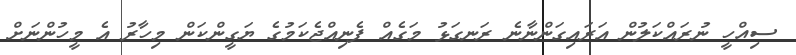
ސިއްހީ ނުރައްކަލުން އަރައިގަންނާނެ ރަނގަޅު މަގެއް ފެނިއްޖެކަމުގެ ޔަގީންކަން މިހާރު އެ މީހުންނަށް